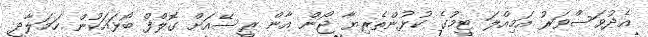
އެދުވަސްވަރު އަމިއްލަ ޓީމުގެ ކުޅުންތެރިޔާ ޖޯން އާން ރީސޭއަށް ގޮލްފް ބޯޅައަކުން ހަމަލާދީ